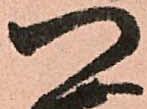
つ